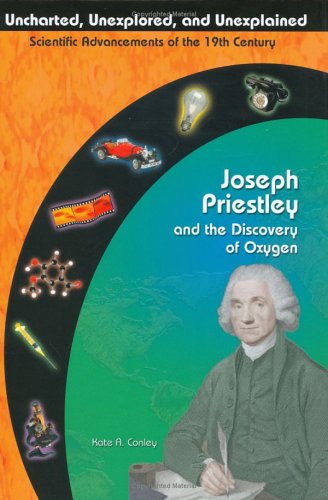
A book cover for Joseph Priestley and the Discovery of Oxygen (Uncharted, Unexplored, and Unexplained); Kate A. Conley; Children's Books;